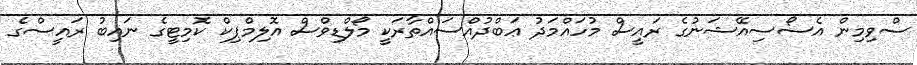
ސްވިމިން އެސޯސިއޭޝަނުގެ ރައީސް މުހައްމަދު ޢަބްދުއްސައްތާރަކީ މޯލްޑިވްސް އޮލިމްޕިކް ކޮމިޓީގެ ނައިބު ރައީސްގެ